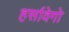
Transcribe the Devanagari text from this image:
हर्सावेगो